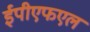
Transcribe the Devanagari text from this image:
ईपीएफएल